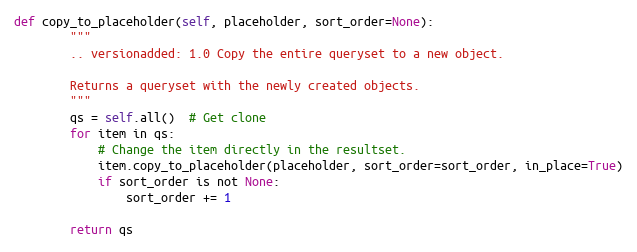
Language: Python
def copy_to_placeholder(self, placeholder, sort_order=None):
        """
        .. versionadded: 1.0 Copy the entire queryset to a new object.

        Returns a queryset with the newly created objects.
        """
        qs = self.all()  # Get clone
        for item in qs:
            # Change the item directly in the resultset.
            item.copy_to_placeholder(placeholder, sort_order=sort_order, in_place=True)
            if sort_order is not None:
                sort_order += 1

        return qs